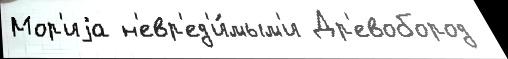
Мор'иjа н'евр'ед'и́мым'и Др'евобород